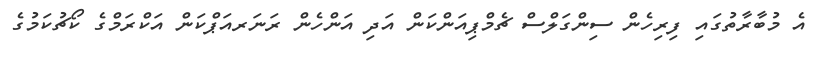
އެ މުބާރާތުގައި ފިރިހެން ސިންގަލްސް ޗެމްޕިއަންކަން އަދި އަންހެން ރަނަރއަޕްކަން އަކްރަމްގެ ކޯޗުކަމުގެ